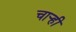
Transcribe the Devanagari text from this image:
चार्‍ही